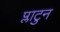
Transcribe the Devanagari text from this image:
प्लाटुन